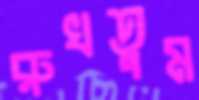
রুখতুম